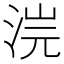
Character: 𣵘